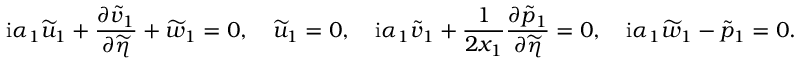
\mathrm { i } \alpha _ { 1 } \widetilde { u } _ { 1 } + \frac { \partial \widetilde { v } _ { 1 } } { \partial \widetilde { \eta } } + \widetilde { w } _ { 1 } = 0 , \quad \widetilde { u } _ { 1 } = 0 , \quad \mathrm { i } \alpha _ { 1 } \widetilde { v } _ { 1 } + \frac { 1 } { 2 x _ { 1 } } \frac { \partial \widetilde { p } _ { 1 } } { \partial \widetilde { \eta } } = 0 , \quad \mathrm { i } \alpha _ { 1 } \widetilde { w } _ { 1 } - \widetilde { p } _ { 1 } = 0 .